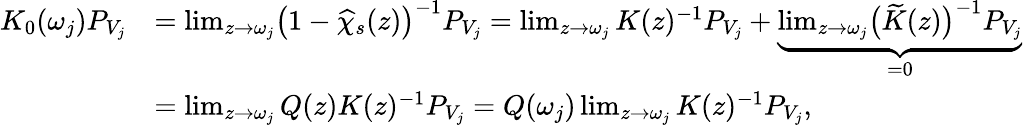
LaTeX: \begin{array}{rl}{K_{0}(\omega_{j})P_{V_{j}}}&{=\operatorname*{lim}_{z\rightarrow\omega_{j}}\bigr(1-\widehat{\chi}_{s}(z)\bigr)^{-1}P_{V_{j}}=\operatorname*{lim}_{z\rightarrow\omega_{j}}K(z)^{-1}P_{V_{j}}+\underbrace{\operatorname*{lim}_{z\rightarrow\omega_{j}}\bigr(\widetilde{K}(z)\bigr)^{-1}P_{V_{j}}}_{=0}}\\ &{=\operatorname*{lim}_{z\rightarrow\omega_{j}}Q(z)K(z)^{-1}P_{V_{j}}=Q(\omega_{j})\operatorname*{lim}_{z\rightarrow\omega_{j}}K(z)^{-1}P_{V_{j}},}\end{array}